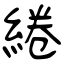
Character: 綣